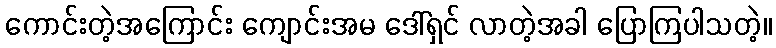
ကောင်းတဲ့အကြောင်း ကျောင်းအမ ဒေါ်ရှင် လာတဲ့အခါ ပြောကြပါသတဲ့။